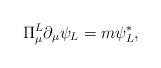
LaTeX: \begin{align*}\Pi_{\mu}^{L} \partial_{\mu} \psi_{L} = m \psi_{L}^{*} , \end{align*}